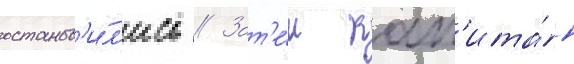
останов'и́л'ись // Зат'е́м кап'ита́н